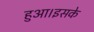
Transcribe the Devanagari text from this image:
हुआ।इसके